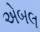
એબલ